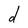
Character: d